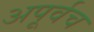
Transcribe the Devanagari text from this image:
अपूर्वच